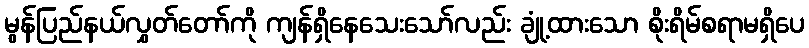
မွန်ပြည်နယ်လွှတ်တော်ကို ကျန်ရှိနေသေးသော်လည်း ချုံ့ထားသော စိုးရိမ်စရာမရှိပေ